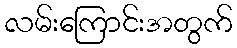
လမ်းကြောင်းအတွက်